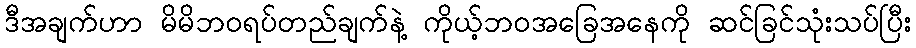
ဒီအချက်ဟာ မိမိဘဝရပ်တည်ချက်နဲ့ ကိုယ့်ဘဝအခြေအနေကို ဆင်ခြင်သုံးသပ်ပြီး